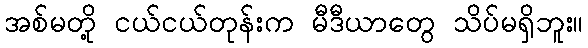
အစ်မတို့ ငယ်ငယ်တုန်းက မီဒီယာတွေ သိပ်မရှိဘူး။